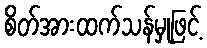
စိတ်အားထက်သန်မှုဖြင့်